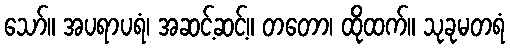
သော်။ အပရာပရံ၊ အဆင့်ဆင့်။ တတော၊ ထိုထက်။ သုခုမတရံ